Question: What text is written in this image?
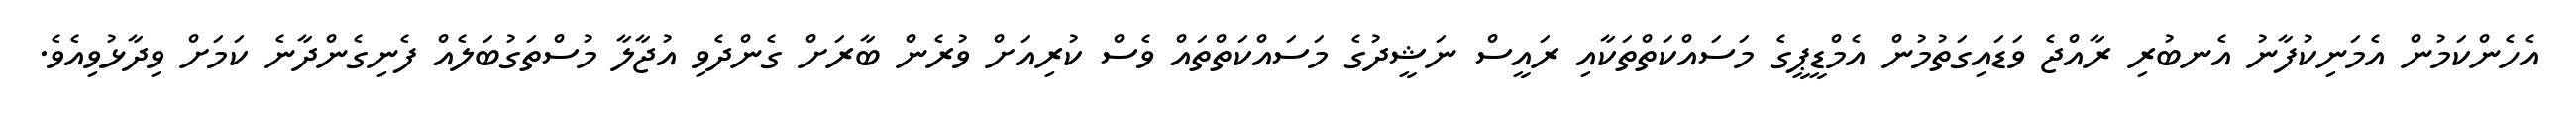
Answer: އެހެންކަމުން އެމަނިކުފާނު އެނބުރި ރާއްޖެ ވަޑައިގަތުމުން އެމްޑީޕީގެ މަސައްކަތްތަކާއި ރައީސް ނަޝީދުގެ މަސައްކަތްތައް ވެސް ކުރިއަށް ވުރެން ބާރަށް ގެންދެވި އުޖާލާ މުސްތަގުބަލެއް ފެނިގެންދާނެ ކަމަށް ވިދާޅުވިއެވެ.